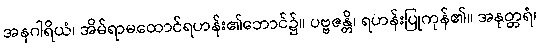
အနဂါရိယံ၊ အိမ်ရာမထောင်ရဟန်း၏ဘောင်၌။ ပဗ္ဗဇန္တိ၊ ရဟန်းပြုကုန်၏။ အနုတ္တရံ၊